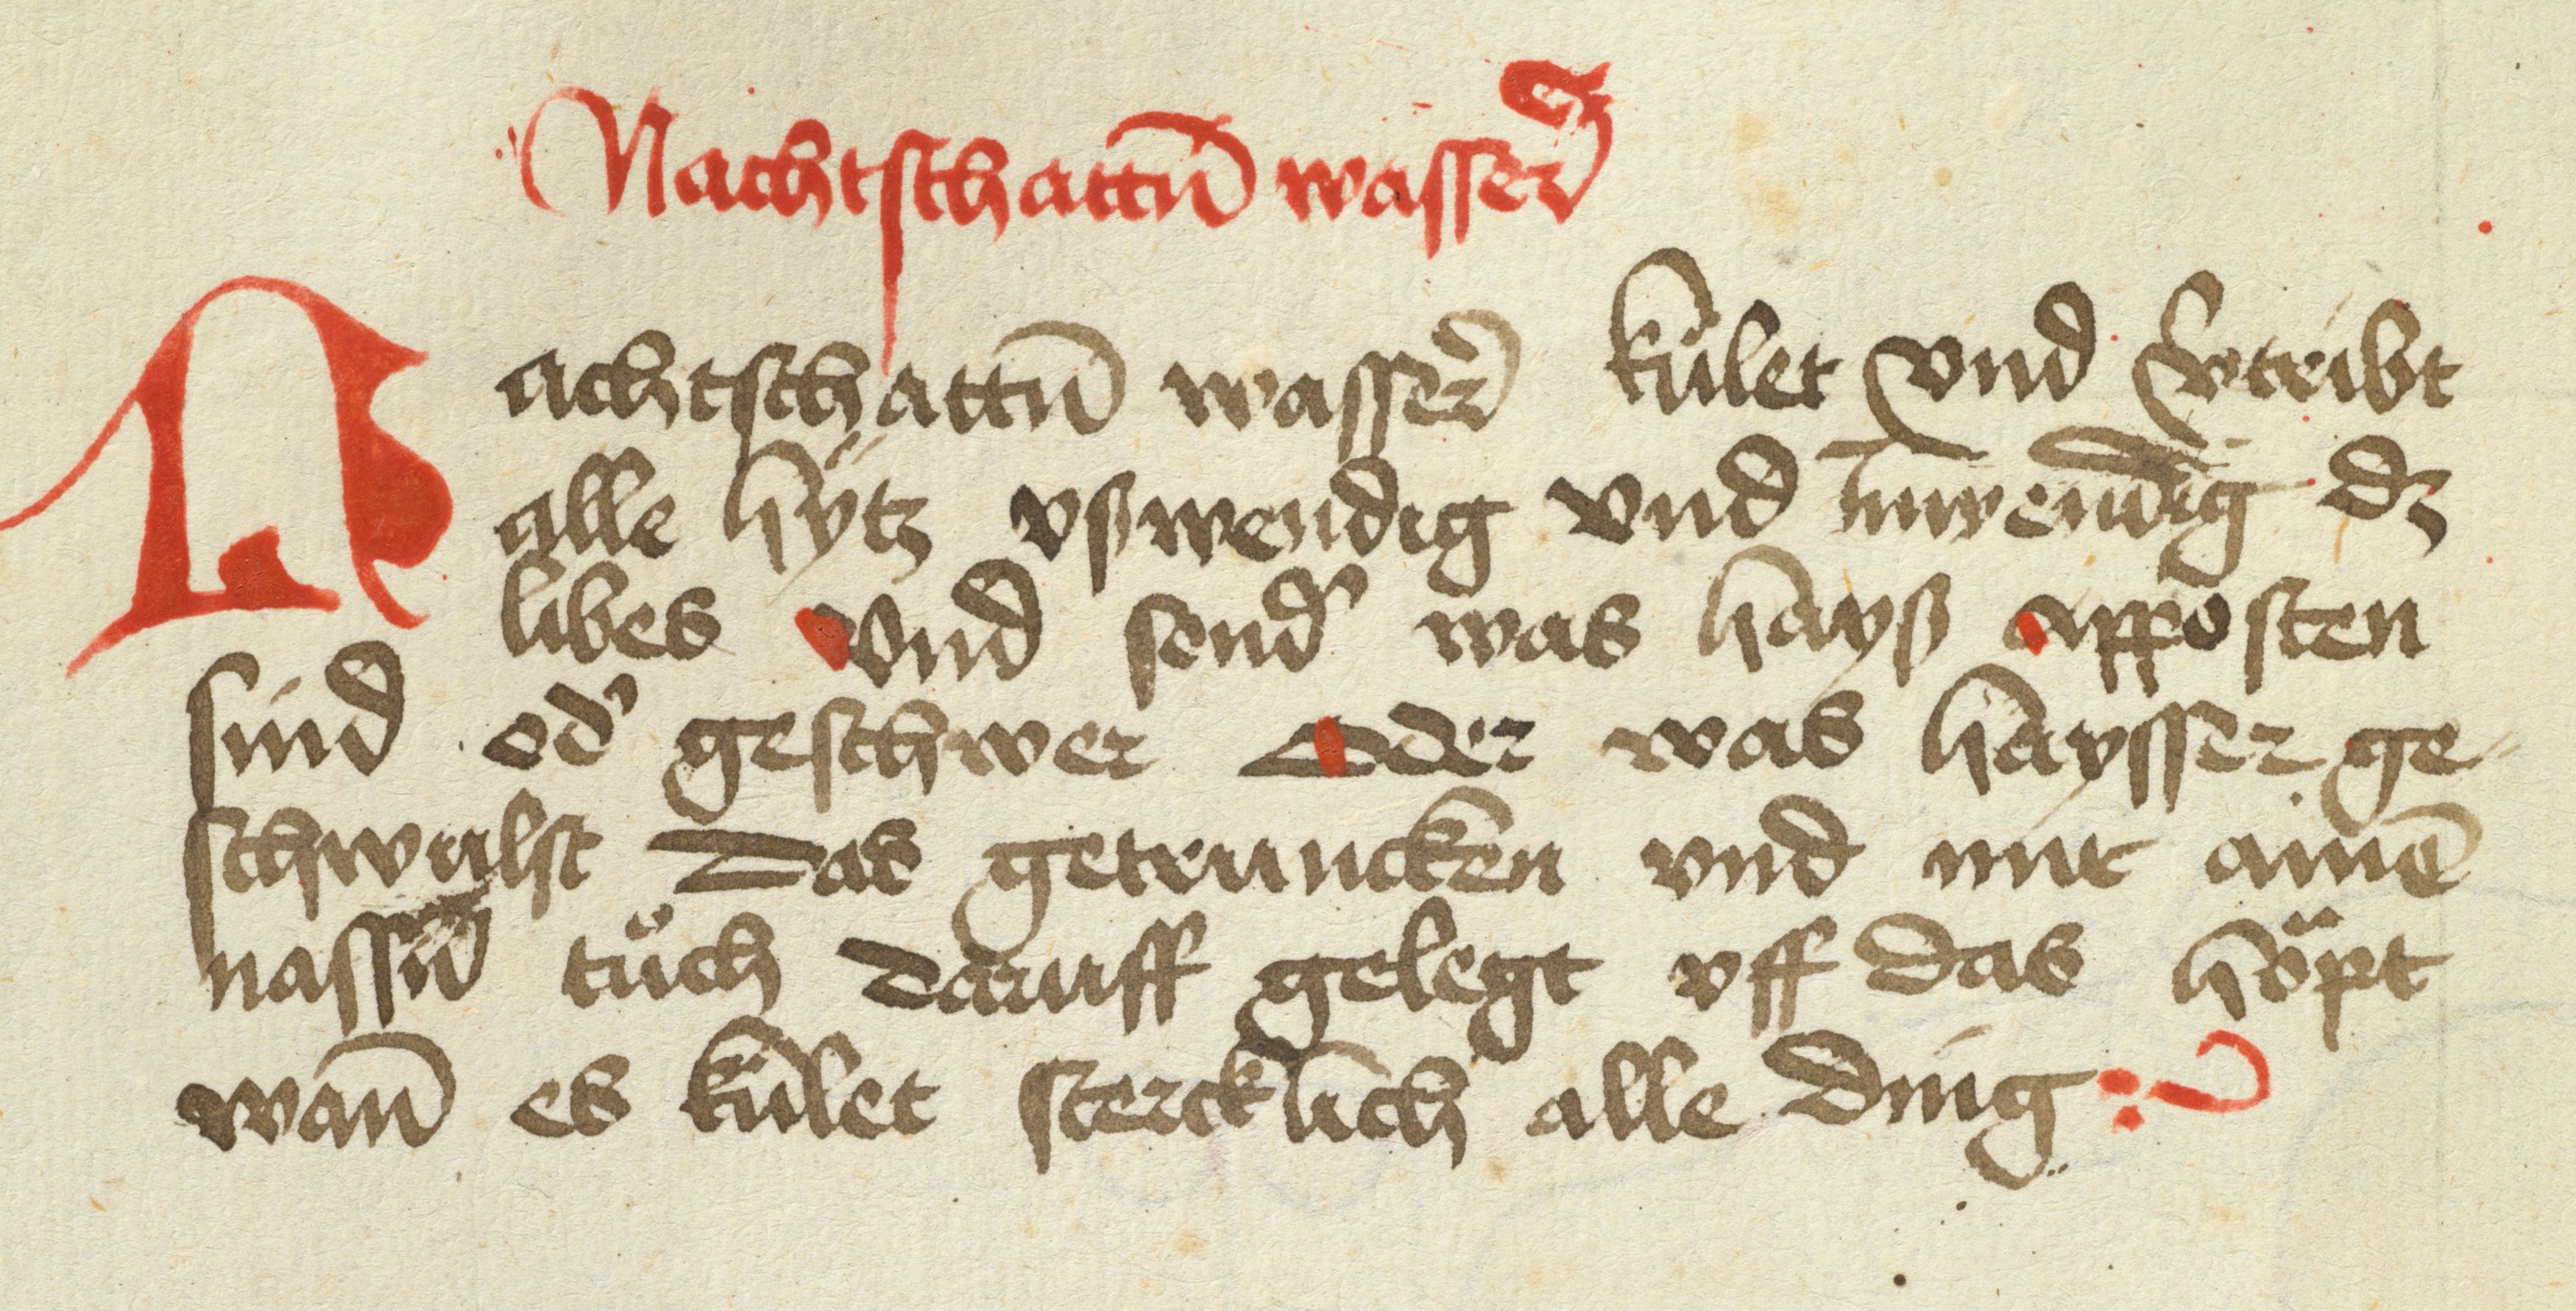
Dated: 1475–1499